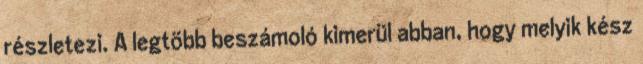
részletezi. A legtöbb beszámoló kimerül abban, hogy melyik kész